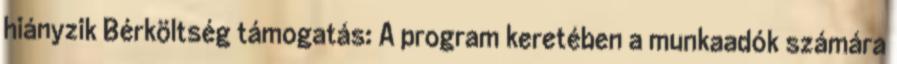
hiányzik Bérköltség támogatás: A program keretében a munkaadók számára